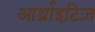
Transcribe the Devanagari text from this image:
आर्थ्राइटिज़